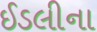
ઈડલીના